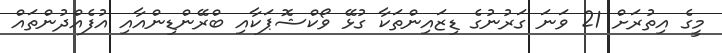
މީގެ އިތުރަށް 21 ވަނަ ގަރުނުގެ ޑިޒައިންތަކާ ގުޅޭ ވޯކްޝޮޕަކާއި ބްރޭންޑިންއާއި އުފެއްދުންތައް